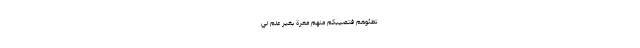
تَطَئُوهُمْ فَتُصِيبَكُمْ مِنْهُمْ مَعَرَّةٌ بِغَيْرِ عِلْمٍ لِيُ